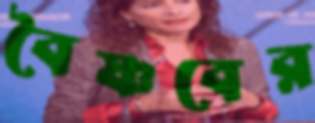
বৈষ্ণবের